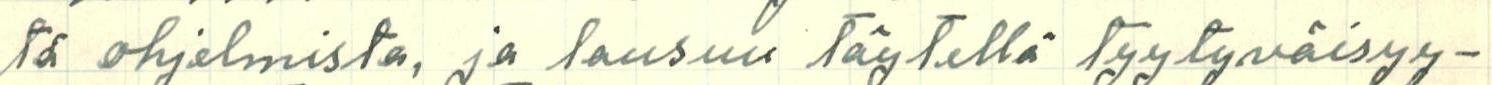
tä ohjelmista, ja lausuu täytellä tyytyväisyy-